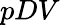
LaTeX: pDV